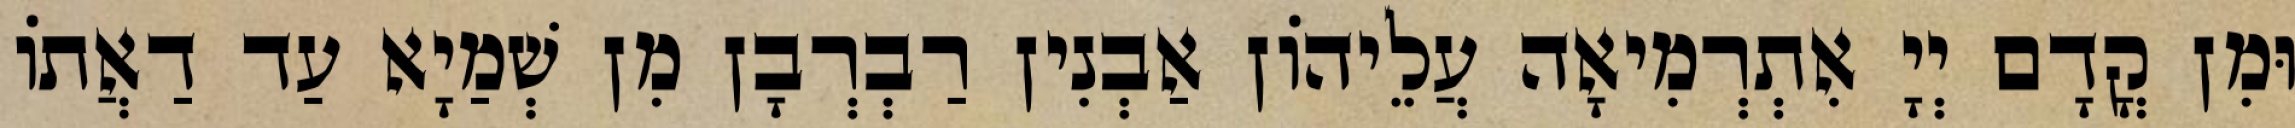
וּמִן קֳדָם יְיָ אִתְרְמִיאָה עֲלֵיהוֹן אַבְנִין רַבְרְבָן מִן שְׁמַיָא עַד דַאֲתוֹ